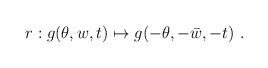
LaTeX: \begin{align*}r: g(\theta,w,t) \mapsto g(-\theta, - \bar w, -t)~.\end{align*}